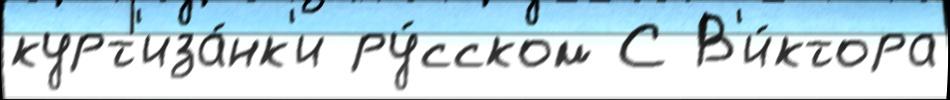
курт'иза́нк'и ру́сском С В'и́ктора